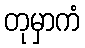
တုမှာကံ